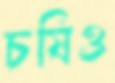
চষিও